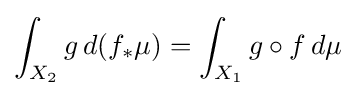
\int _{X_{2}}g\,d(f_{*}\mu )=\int _{X_{1}}g\circ f\,d\mu